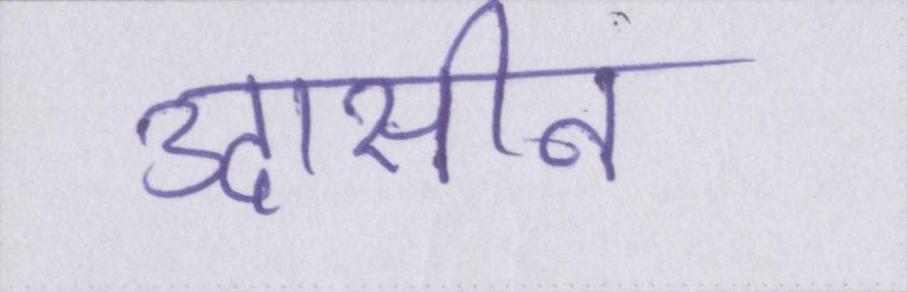
उदासीन